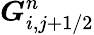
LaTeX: \boldsymbol{G}_{i,j+1/2}^{n}